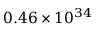
0 . 4 6 \times 1 0 ^ { 3 4 }